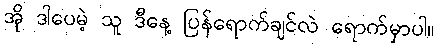
အို ဒါပေမဲ့ သူ ဒီနေ့ ပြန်ရောက်ချင်လဲ ရောက်မှာပါ။